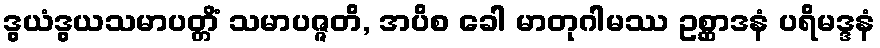
ဒွယံဒွယသမာပတ္တိံ သမာပဇ္ဇတိ, အပိစ ခေါ မာတုဂါမဿ ဥစ္ဆာဒနံ ပရိမဒ္ဒနံ